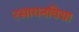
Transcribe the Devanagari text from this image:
रसायनविद्या